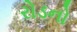
રોડનો